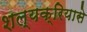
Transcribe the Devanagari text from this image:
शल्यक्रियासे